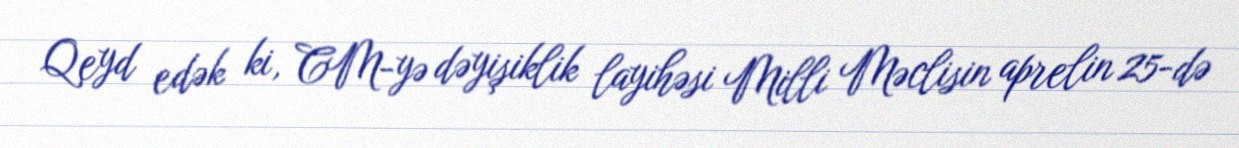
Qeyd edək ki, CM-yə dəyişiklik layihəsi Milli Məclisin aprelin 25-də